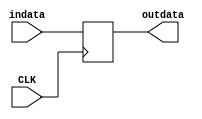
`timescale 1ns / 1ps

module Pattern_Detector_REG(CLK, indata, outdata);
input CLK;
input [2:0] indata; //3bits for s0~s5
output reg [2:0] outdata; //3bits for s0~s5

always @ (posedge CLK)
begin
	outdata <= indata; //State
end

endmodule